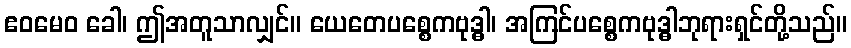
ဧဝမေဝ ခေါ၊ ဤအတူသာလျှင်။ ယေတေပစ္စေကဗုဒ္ဓါ၊ အကြင်ပစ္စေကဗုဒ္ဓါဘုရားရှင်တို့သည်။